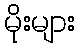
မိုးများ